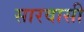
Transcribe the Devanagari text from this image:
सारवासी